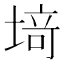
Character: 𫮍